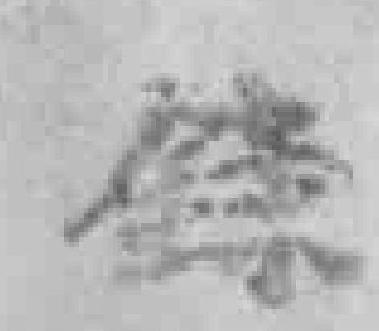
錄